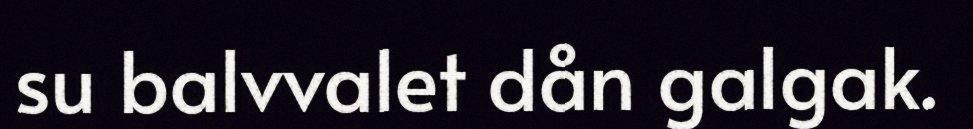
su balvvalet dån galgak.